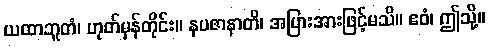
ယထာဘူတံ၊ ဟုတ်မှန်တိုင်း။ နပဇာနာတိ၊ အပြားအားဖြင့်မသိ။ ဧဝံ၊ ဤသို့။